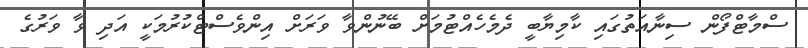
ސްމާޓްފޯން ސިނާއަތުގައި ކާމިޔާބީ ދެމެހެއްޓުމަށް ބޭނުންވާ ވަރަށް އިންވެސްޓްކުރުމަކީ އަދި ވާ ވަރުގެ